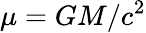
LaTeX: \mu=GM/c^{2}